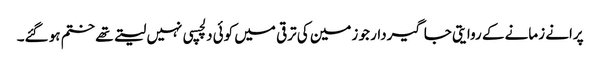
پرانے زمانے کے روایتی جاگیردار جو زمین کی ترقی میں کوئی دلچسپی نہیں لیتے تھے ختم ہو گئے۔